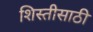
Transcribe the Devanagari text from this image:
शिस्तीसाठी